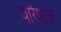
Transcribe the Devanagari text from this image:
वरिष्ठांचे